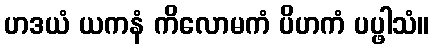
ဟဒယံ ယကနံ ကိလောမကံ ပိဟကံ ပပ္ဖါသံ။